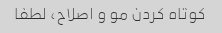
کوتاه کردن مو و اصلاح، لطفا